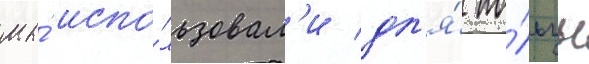
мы́ испо́льзовал'и дл'я́ по́льзы